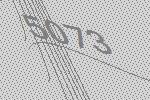
5073